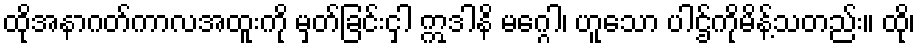
ထိုအနာဂတ်ကာလအထူးကို မှတ်ခြင်းငှါ ဣဒါနိ မဂ္ဂေါ၊ ဟူသော ပါဌ်ကိုမိန့်သတည်း။ ထို၊